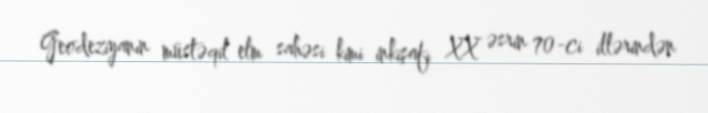
Geodeziyanın müstəqil elm sahəsi kimi inkişafı XX əsrin 70-ci illərindən